Trukikaitis_Postimees, lk 68
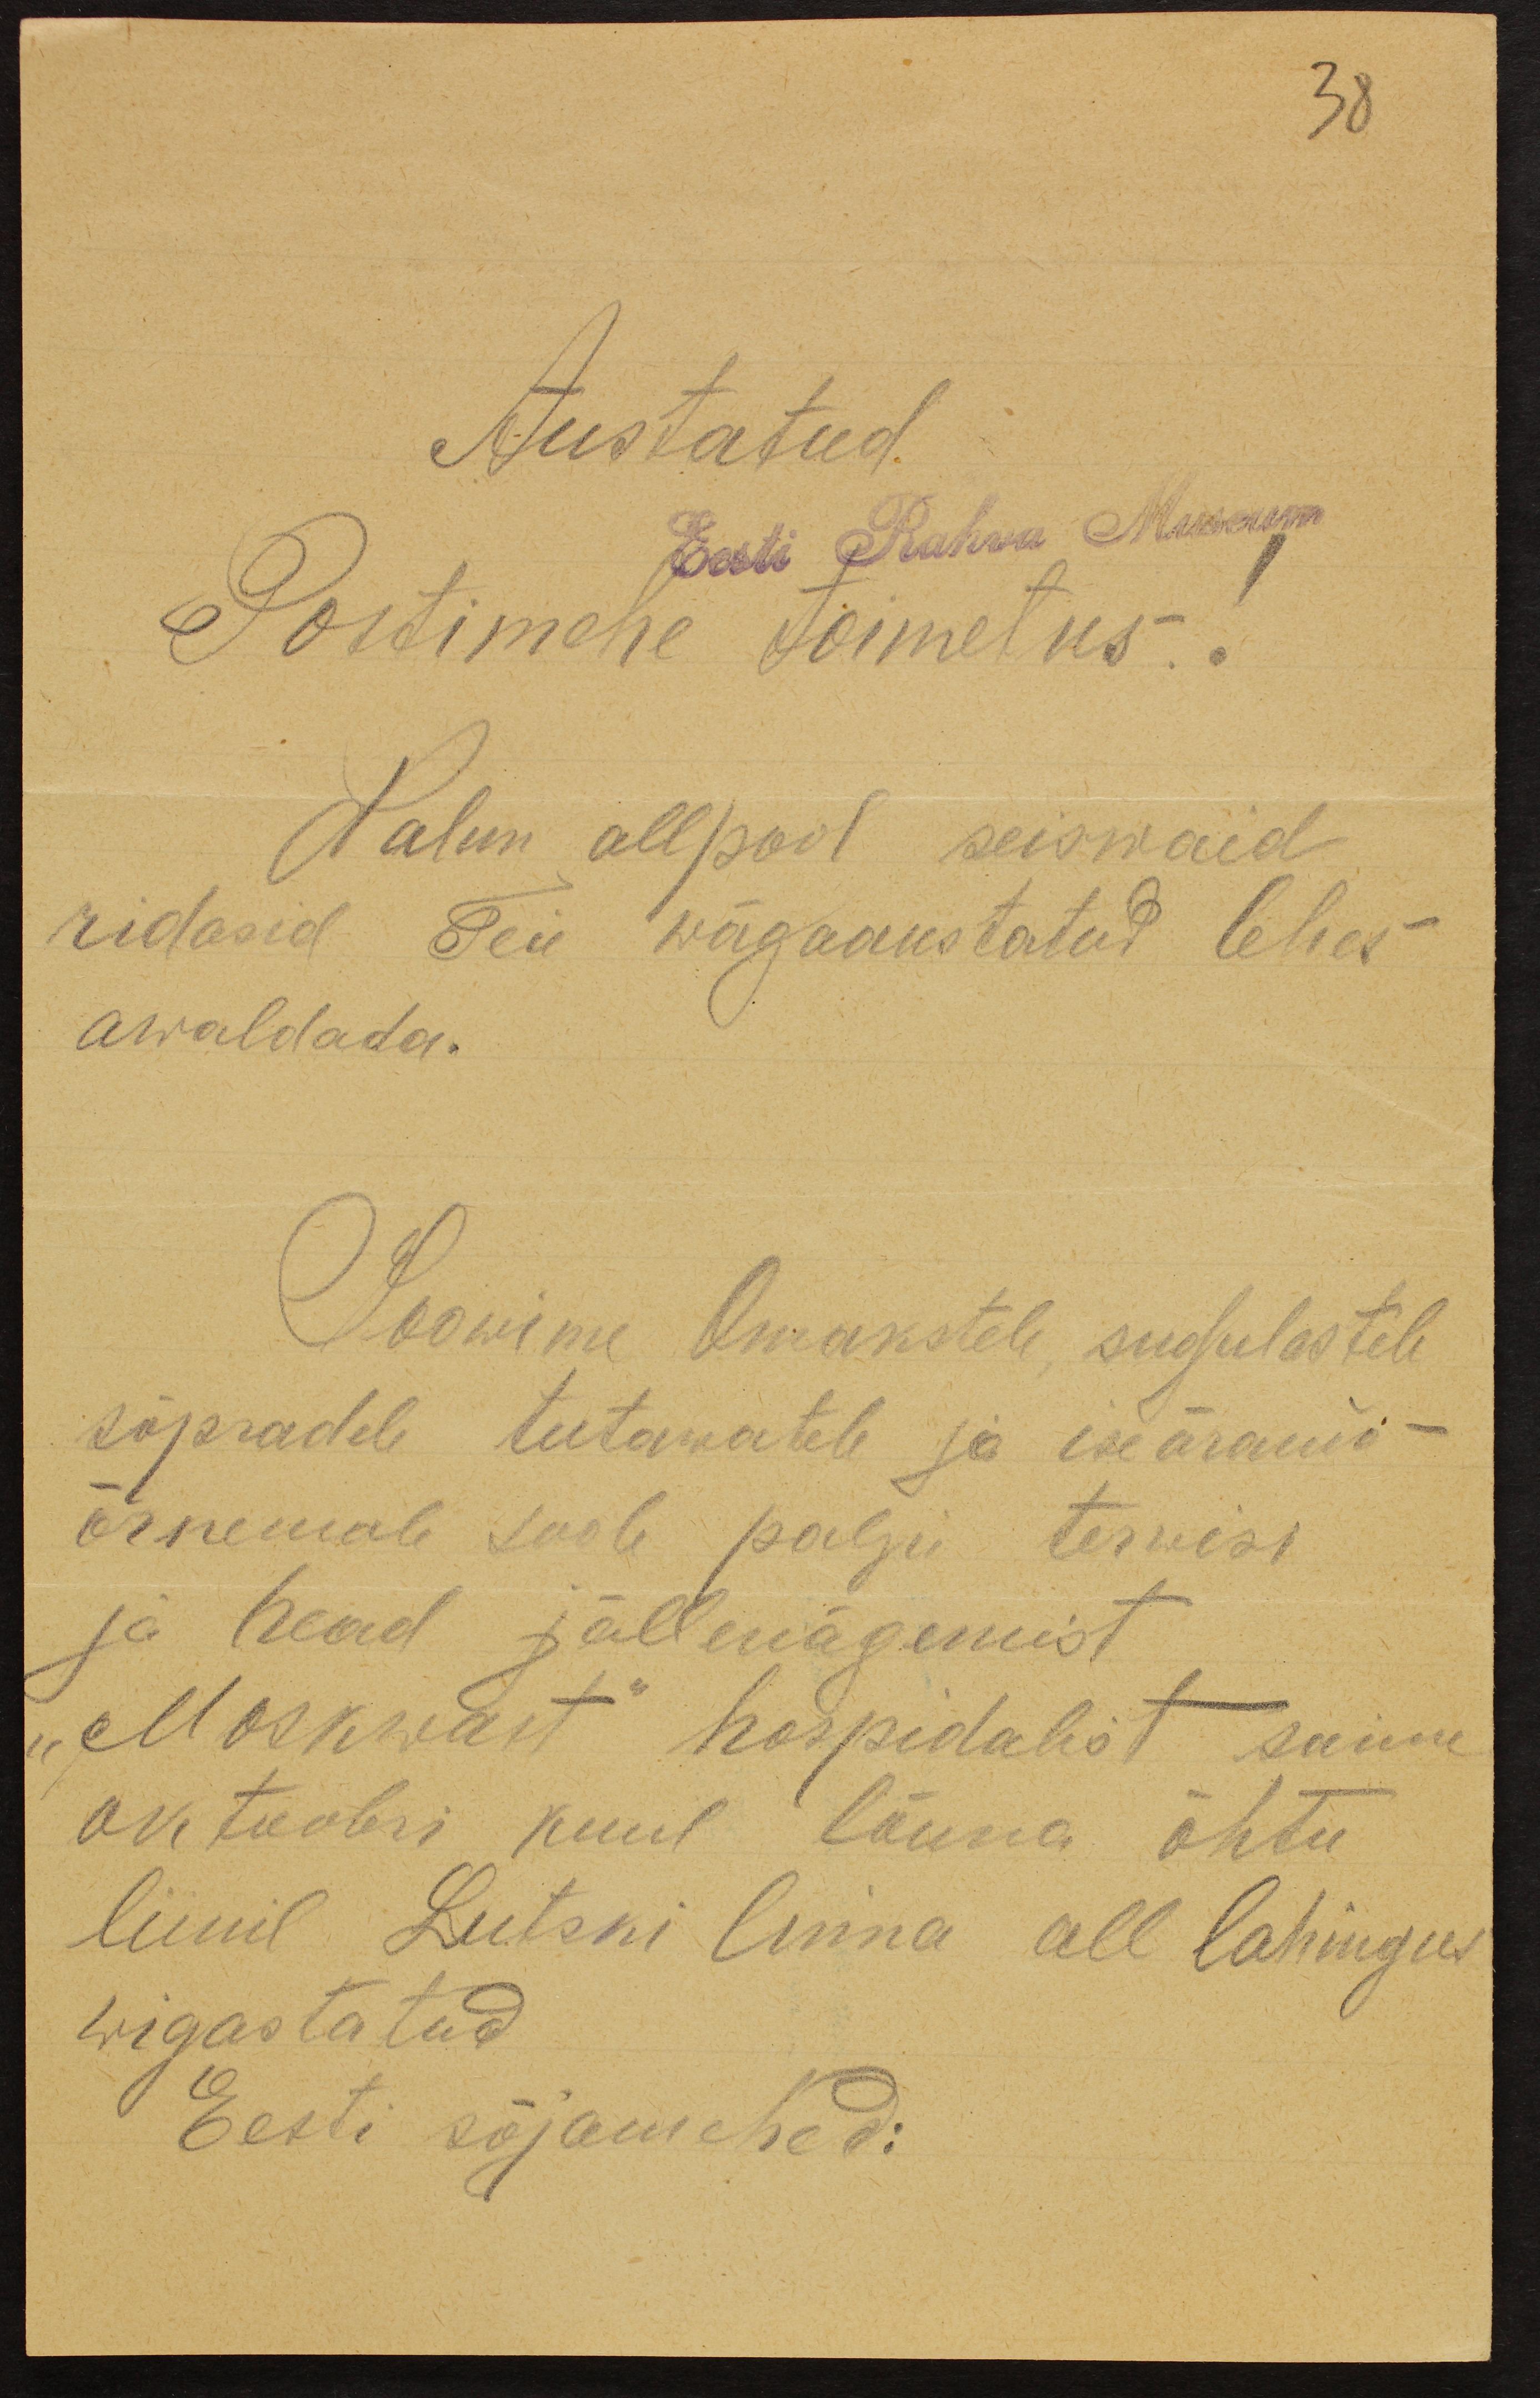
38
Austatud
Eest Rahva Museum
Postimehe toimetus.
Palun allpool seiswaid
ridasid Teie wägaaustatud lehes
awaldada.
Soowime Omakstele sugulastele
sõpradele tutawatele ja iseäranis
õrnemale soole palju terwisi
ja head jällenägemist
"Moskwast" hospidalist saime,
oktoobri kuul lõuna õhtu
liinil Lutski linna all lahingus
wigastatud
Eesti sõjamehed: